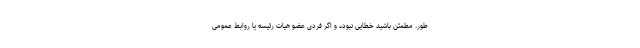
طور. مطمئن باشید خطایی نبوده و اگر فردی عضو هیات رئیسه یا روابط عمومی